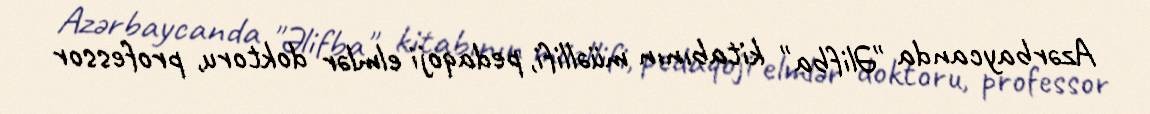
Azərbaycanda "Əlifba" kitabının müəllifi, pedaqoji elmlər doktoru, professor